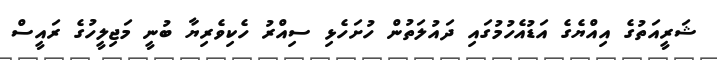
ޝަރީއަތުގެ އިއްޔެގެ އަޑުއެހުމުގައި ދައުލަތުން ހުށަހެޅި ސިއްރު ހެކިވެރިޔާ ބުނީ މަޖިލީހުގެ ރައީސް